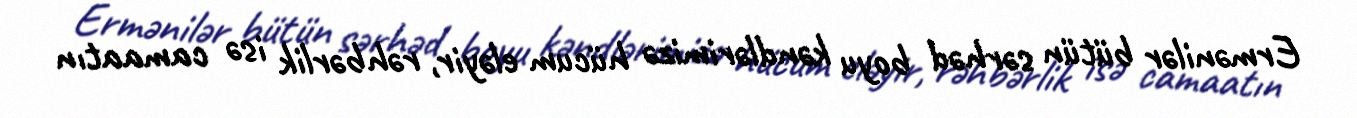
Ermənilər bütün sərhəd boyu kəndlərimizə hücum eləyir, rəhbərlik isə camaatın